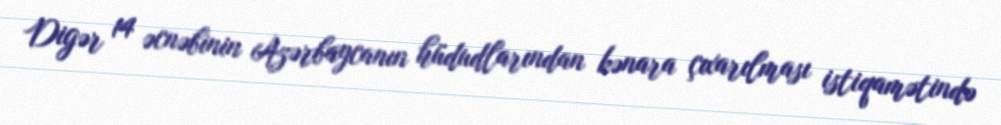
Digər 14 əcnəbinin Azərbaycanın hüdudlarından kənara çıxarılması istiqamətində